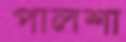
পালশা